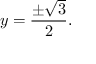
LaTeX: y = { \frac { \pm { \sqrt { 3 } } } { 2 } } .